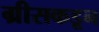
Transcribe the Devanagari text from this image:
ग्रीसकडून